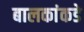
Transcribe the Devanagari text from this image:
बालकांकडे